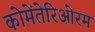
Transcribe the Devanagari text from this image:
कोमेंतेरिओरम